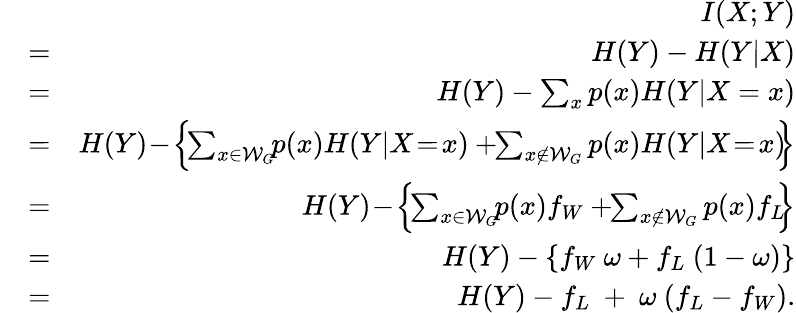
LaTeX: \begin{array}{rlr}&{~}&{I(X;Y)}\\ &{=}&{H(Y)-H(Y\vert X)}\\ &{=}&{H(Y)-\sum_{x}p(x)H(Y\vert X=x)}\\ &{=}&{H(Y)\! -\! \left\{ \! \sum_{x\in\mathcal{W}_{G}}\! \! p(x)H(Y\vert X\! =\! x)+\! \! \sum_{x\notin\mathcal{W}_{G}}p(x)H(Y\vert X\! =\! x)\! \! \right\} }\\ &{=}&{H(Y)\! -\! \left\{ \! \sum_{x\in\mathcal{W}_{G}}\! \! p(x)f_{W}+\! \! \sum_{x\notin\mathcal{W}_{G}}p(x)f_{L}\! \! \right\} }\\ &{=}&{H(Y)-\left\{ f_{W}~\omega+f_{L}~(1-\omega)\right\} }\\ &{=}&{H(Y)-f_{L}~+~\omega~(f_{L}-f_{W}).}\end{array}